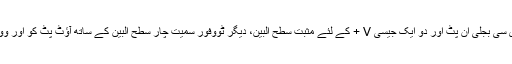
یہ بالونگسٹا لو ولٹیج ڈی سی بجلی ان پٹ اور دو ایک جیسی V + کے لئے مثبت سطح البین، دیگر ٹووفور سمیت چار سطح البین کے ساتھ آؤٹ پٹ کو اور ووکونٹرول انٹرفیس ہے ۔